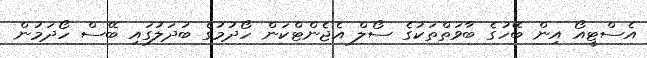
އެސްޓީއޯ އިން ބޭހުގެ ބާވަތްތަކުގެ ސޯލް އެޖެންޓްކަން ހޯދުމުގެ ބަދަލުގައި ބޭސް ހޯދަމުން